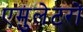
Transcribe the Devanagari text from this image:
एमुलेटरों